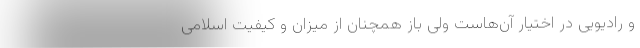
و رادیویی در اختیار آن‌هاست ولی باز همچنان از میزان و کیفیت اسلامی